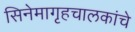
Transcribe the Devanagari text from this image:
सिनेमागृहचालकांचे